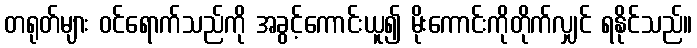
တရုတ်များ ဝင်ရောက်သည်ကို အခွင့်ကောင်းယူ၍ မိုးကောင်းကိုတိုက်လျှင် ရနိုင်သည်။